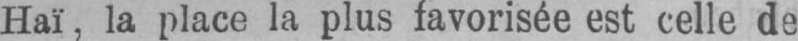
Haï, la place la plus favorisée est celle de